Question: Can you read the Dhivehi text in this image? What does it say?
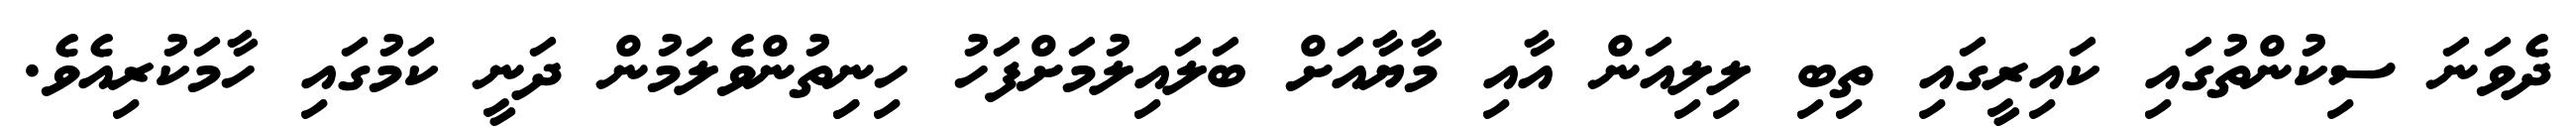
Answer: ދެވަނަ ސިކުންތުގައި ކައިރީގައި ތިބި ލިލިއަން އާއި މާޔާއަށް ބަލައިލުމަށްފަހު ހިނިިތުންވެލަމުން ދަނީ ކަމުގައި ހާމަކުރިއެވެ.